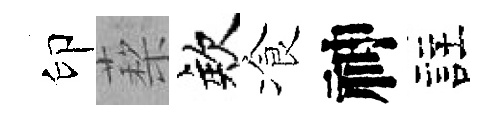
印蔾欸飡神註